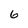
Character: 6